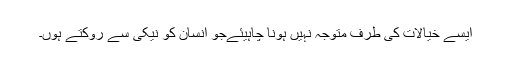
ایسے خیالات کی طرف متوجہ نہیں ہونا چاہیئےجو انسان کو نیکی سے روکتے ہوں۔